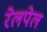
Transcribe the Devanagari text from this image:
रेलपेल